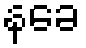
နခေ